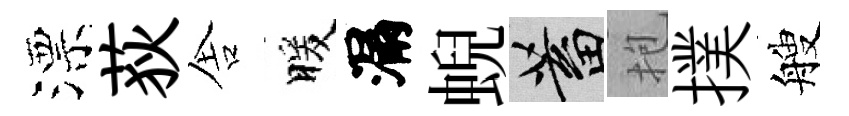
漂荻舎暖漏蜺蓄抱撲艘